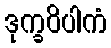
ဒုက္ခဝိပါကံ